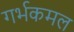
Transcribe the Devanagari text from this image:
गर्भकमल